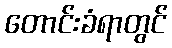
တောင်းခံရာတွင်